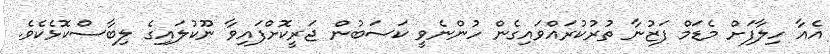
އެއާ ހިލާފަށް މެޑަމް ފަޒުނާ ތުރުކުރައްވައިގެން ހުންނެވީ ކަސަބުން ޖަރީކޮށްފައިވާ ނޫކުލައިގެ ލިބާސްކޮޅެކެވެ.